Mental hospitals Bombay report 1929-33 - 1929-1933
Year: 1929
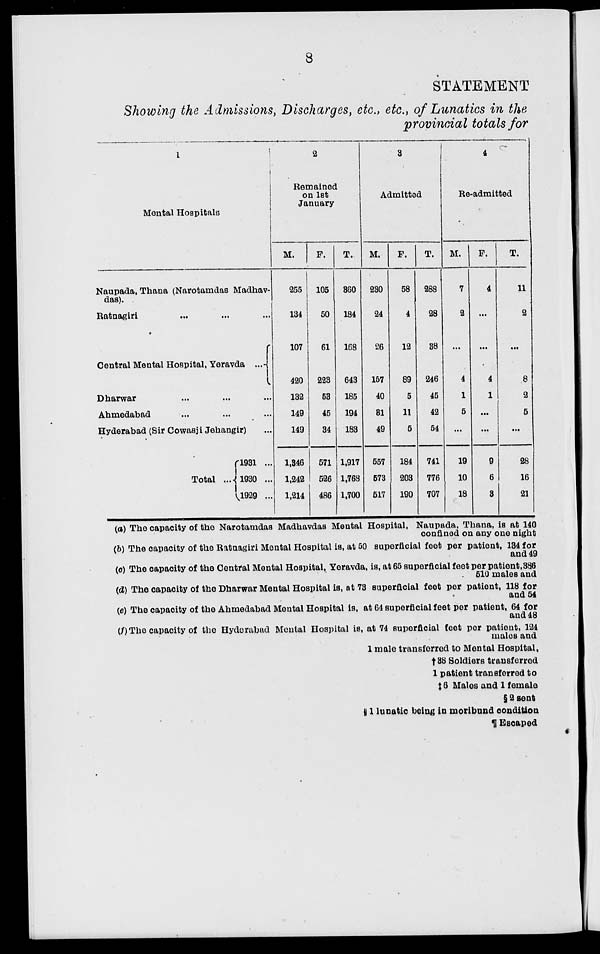
8
STATEMENT
Showing the Admissions, Discharges, etc., etc., of Lunatics in the
provincial totals for
1
Mental Hospitals
Naupada, Thana (Narotamdas Madhav-
das).
Ratnagiri ... ... ...
Central Mental Hospital, Yeravda ...
Dharwar ... ... ...
Ahmedabad ... ... ...
Hyderabad (Sir Cowasji Jehangir) ...
Total ...
1931 ...
1930 ...
1929 ...
2
Remained
on 1st
January
M.
255
134
107
420
132
149
149
1,346
1,242
1,214
F.
105
50
61
223
53
45
34
571
526
486
T.
360
184
168
643
185
194
183
1,917
1,768
1,700
3
Admitted
M.
230
24
26
157
40
31
49
557
573
517
F.
58
4
12
89
5
11
5
184
203
190
T.
288
28
38
246
45
42
54
741
776
707
4
Re-admitted
M.
7
2
...
4
1
5
...
19
10
18
F.
4
...
...
4
1
...
...
9
6
3
T.
11
2
...
8
2
5
...
28
16
21
(a) The capacity of the Narotamdas Madhavdas Mental Hospital, Naupada, Thana, is at 140
confined on any one night
(b) The capacity of the Ratnagiri Mental Hospital is, at 50 superficial feet per patient, 134 for
and 49
(c) The capacity of the Central Mental Hospital, Yeravda, is, at 65 superficial feet per patient,386
510 males and
(d) The capacity of the Dharwar Mental Hospital is, at 73 superficial feet per patient, 118 for
and 54
(e) The capacity of the Ahmedabad Mental Hospital is, at 64 superficial feet per patient, 64 for
and 48
(f)The capacity of the Hyderabad Mental Hospital is, at 74 superficial feet per patient, 124
males and
1 male transferred to Mental Hospital,
†38 Soldiers transferred
1 patient transferred to
‡ 6 Males and 1 female
§2 sent
||1 lunatic being in moribund condition
¶ Escaped